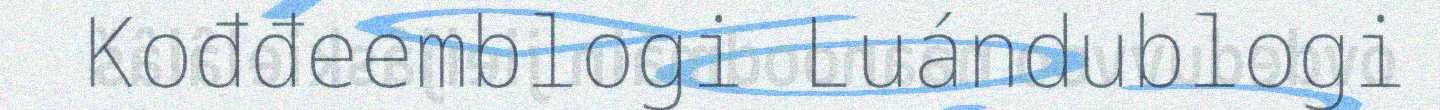
Kođđeemblogi Luándublogi